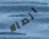
اتصالا